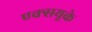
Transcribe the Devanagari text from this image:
एक्सयूके